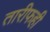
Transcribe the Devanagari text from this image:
तारीफही